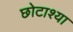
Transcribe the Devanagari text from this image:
छोटाश्या